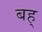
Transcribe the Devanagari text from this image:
बह्